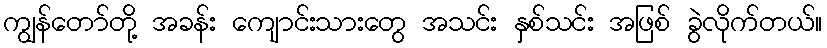
ကျွန်တော်တို့ အခန်း ကျောင်းသားတွေ အသင်း နှစ်သင်း အဖြစ် ခွဲလိုက်တယ်။